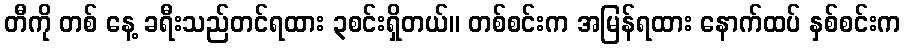
တီကို တစ် နေ့ ခရီးသည်တင်ရထား ၃စင်းရှိတယ်။ တစ်စင်းက အမြန်ရထား နောက်ထပ် နှစ်စင်းက